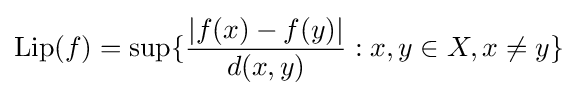
\mathrm {Lip} (f)=\sup\{{\frac {|f(x)-f(y)|}{d(x,y)}}:x,y\in X,x\not =y\}